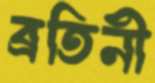
ব্রতিনী